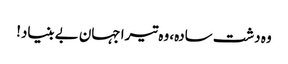
وہ دشت سادہ، وہ تیرا جہان بے بنیاد!